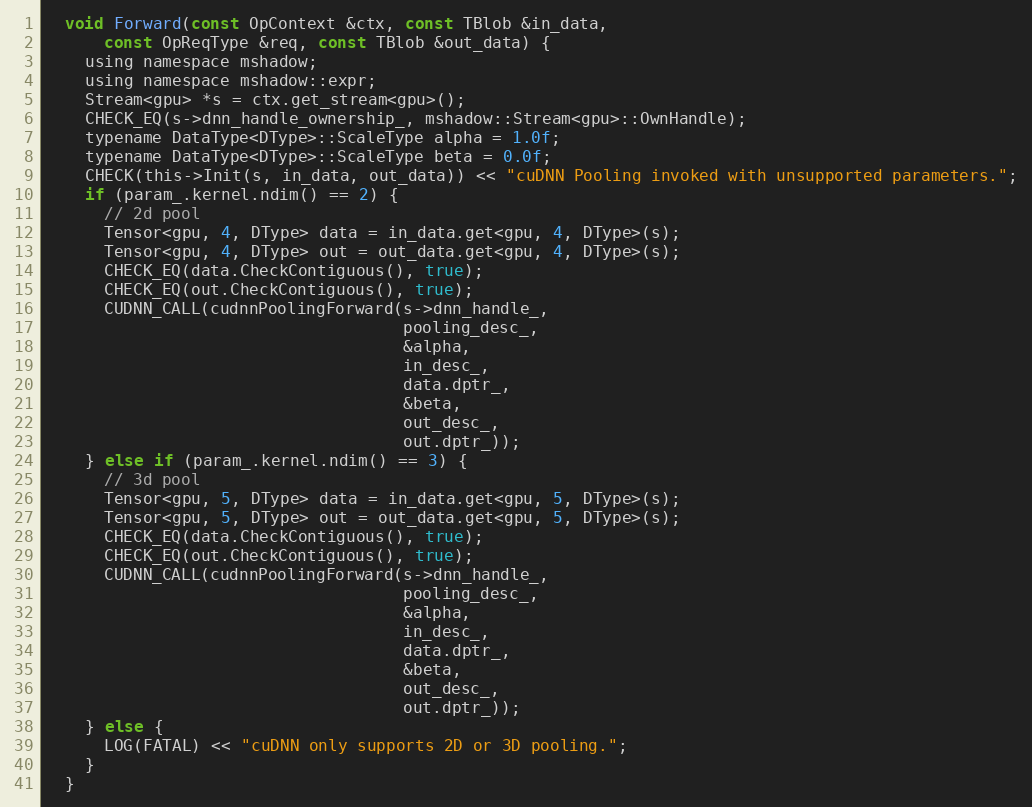
Language: C
  void Forward(const OpContext &ctx, const TBlob &in_data,
      const OpReqType &req, const TBlob &out_data) {
    using namespace mshadow;
    using namespace mshadow::expr;
    Stream<gpu> *s = ctx.get_stream<gpu>();
    CHECK_EQ(s->dnn_handle_ownership_, mshadow::Stream<gpu>::OwnHandle);
    typename DataType<DType>::ScaleType alpha = 1.0f;
    typename DataType<DType>::ScaleType beta = 0.0f;
    CHECK(this->Init(s, in_data, out_data)) << "cuDNN Pooling invoked with unsupported parameters.";
    if (param_.kernel.ndim() == 2) {
      // 2d pool
      Tensor<gpu, 4, DType> data = in_data.get<gpu, 4, DType>(s);
      Tensor<gpu, 4, DType> out = out_data.get<gpu, 4, DType>(s);
      CHECK_EQ(data.CheckContiguous(), true);
      CHECK_EQ(out.CheckContiguous(), true);
      CUDNN_CALL(cudnnPoolingForward(s->dnn_handle_,
                                     pooling_desc_,
                                     &alpha,
                                     in_desc_,
                                     data.dptr_,
                                     &beta,
                                     out_desc_,
                                     out.dptr_));
    } else if (param_.kernel.ndim() == 3) {
      // 3d pool
      Tensor<gpu, 5, DType> data = in_data.get<gpu, 5, DType>(s);
      Tensor<gpu, 5, DType> out = out_data.get<gpu, 5, DType>(s);
      CHECK_EQ(data.CheckContiguous(), true);
      CHECK_EQ(out.CheckContiguous(), true);
      CUDNN_CALL(cudnnPoolingForward(s->dnn_handle_,
                                     pooling_desc_,
                                     &alpha,
                                     in_desc_,
                                     data.dptr_,
                                     &beta,
                                     out_desc_,
                                     out.dptr_));
    } else {
      LOG(FATAL) << "cuDNN only supports 2D or 3D pooling.";
    }
  }